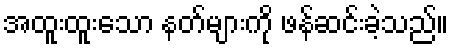
အထူးထူးသော နတ်များကို ဖန်ဆင်းခဲ့သည်။